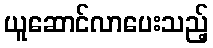
ယူဆောင်လာပေးသည့်